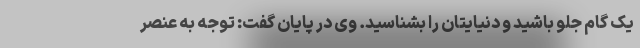
یک گام جلو باشید و دنیایتان را بشناسید. وی در پایان گفت: توجه به عنصر